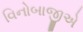
વિનોબાજીએ